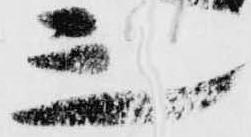
三